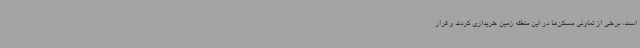
است، برخی از تعاونی مسکن‌ها در این منطقه زمین خریداری کردند و قرار